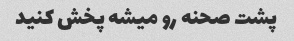
پشت صحنه رو میشه پخش کنید